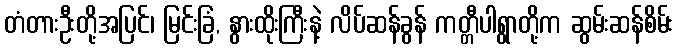
တံတားဦးတို့အပြင်၊ မြင်းခြံ, နွားထိုးကြီးနဲ့ လိပ်ဆန်ခွန် ကတ္တီပါရွာတို့က ဆွမ်းဆန်စိမ်း